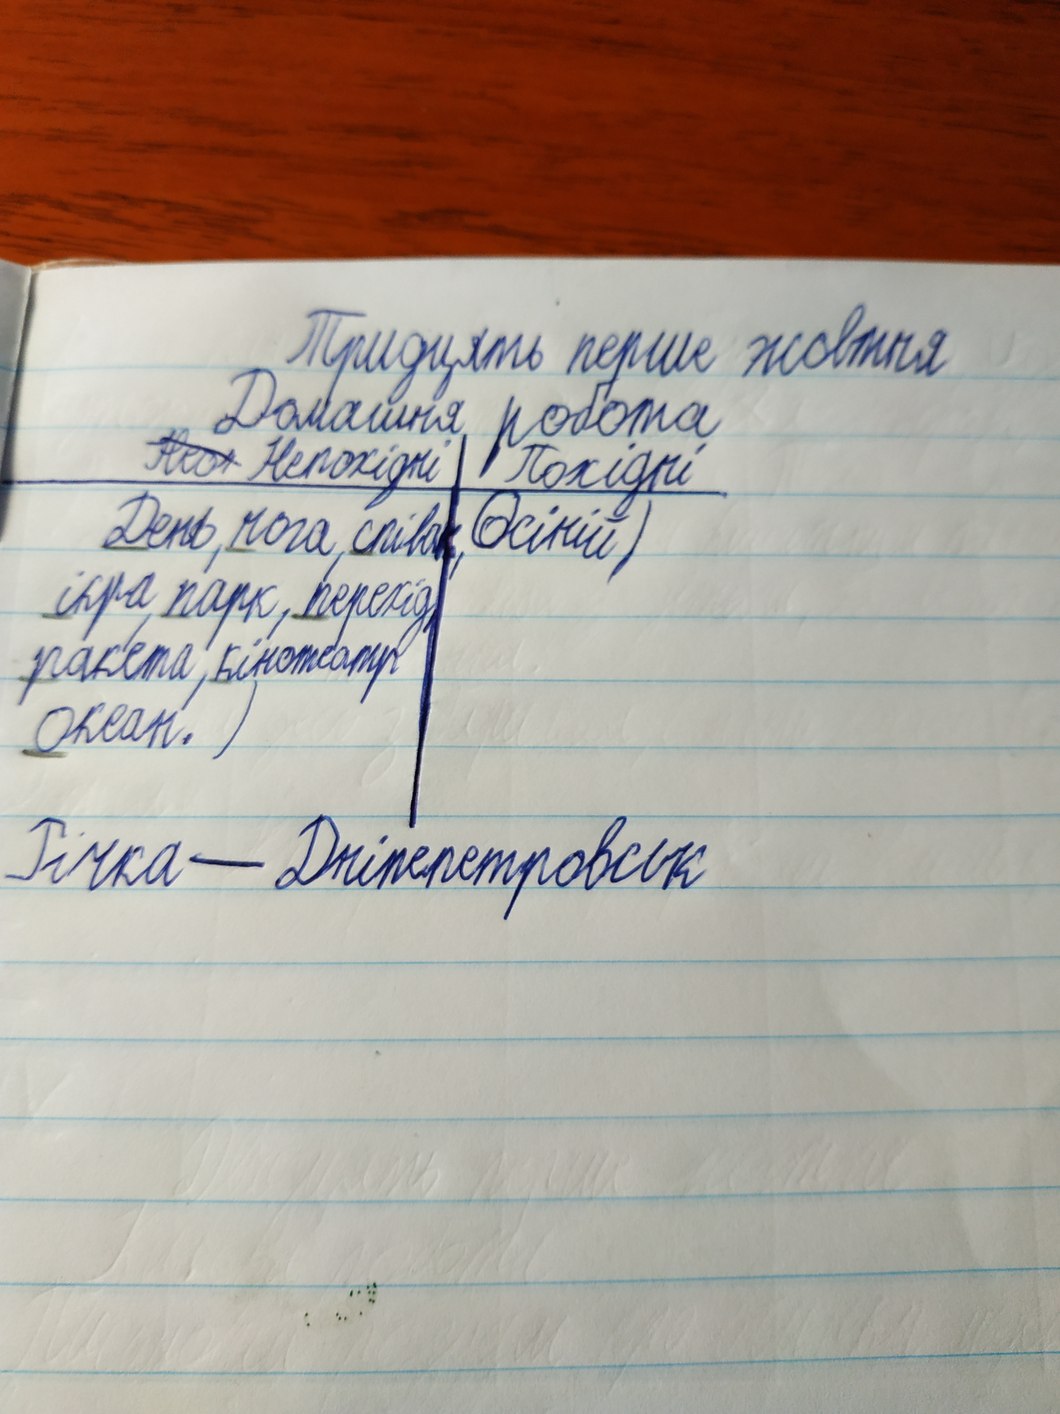
Тридцять перше жовтня
Домашня робота
~~Нео~~Непохідні|Похідні
День, нога, співак | Осінній)
ікра, парк, перехід |
ракета, кінотеатр |
океан.) |
Річка — Дніпропетровськ